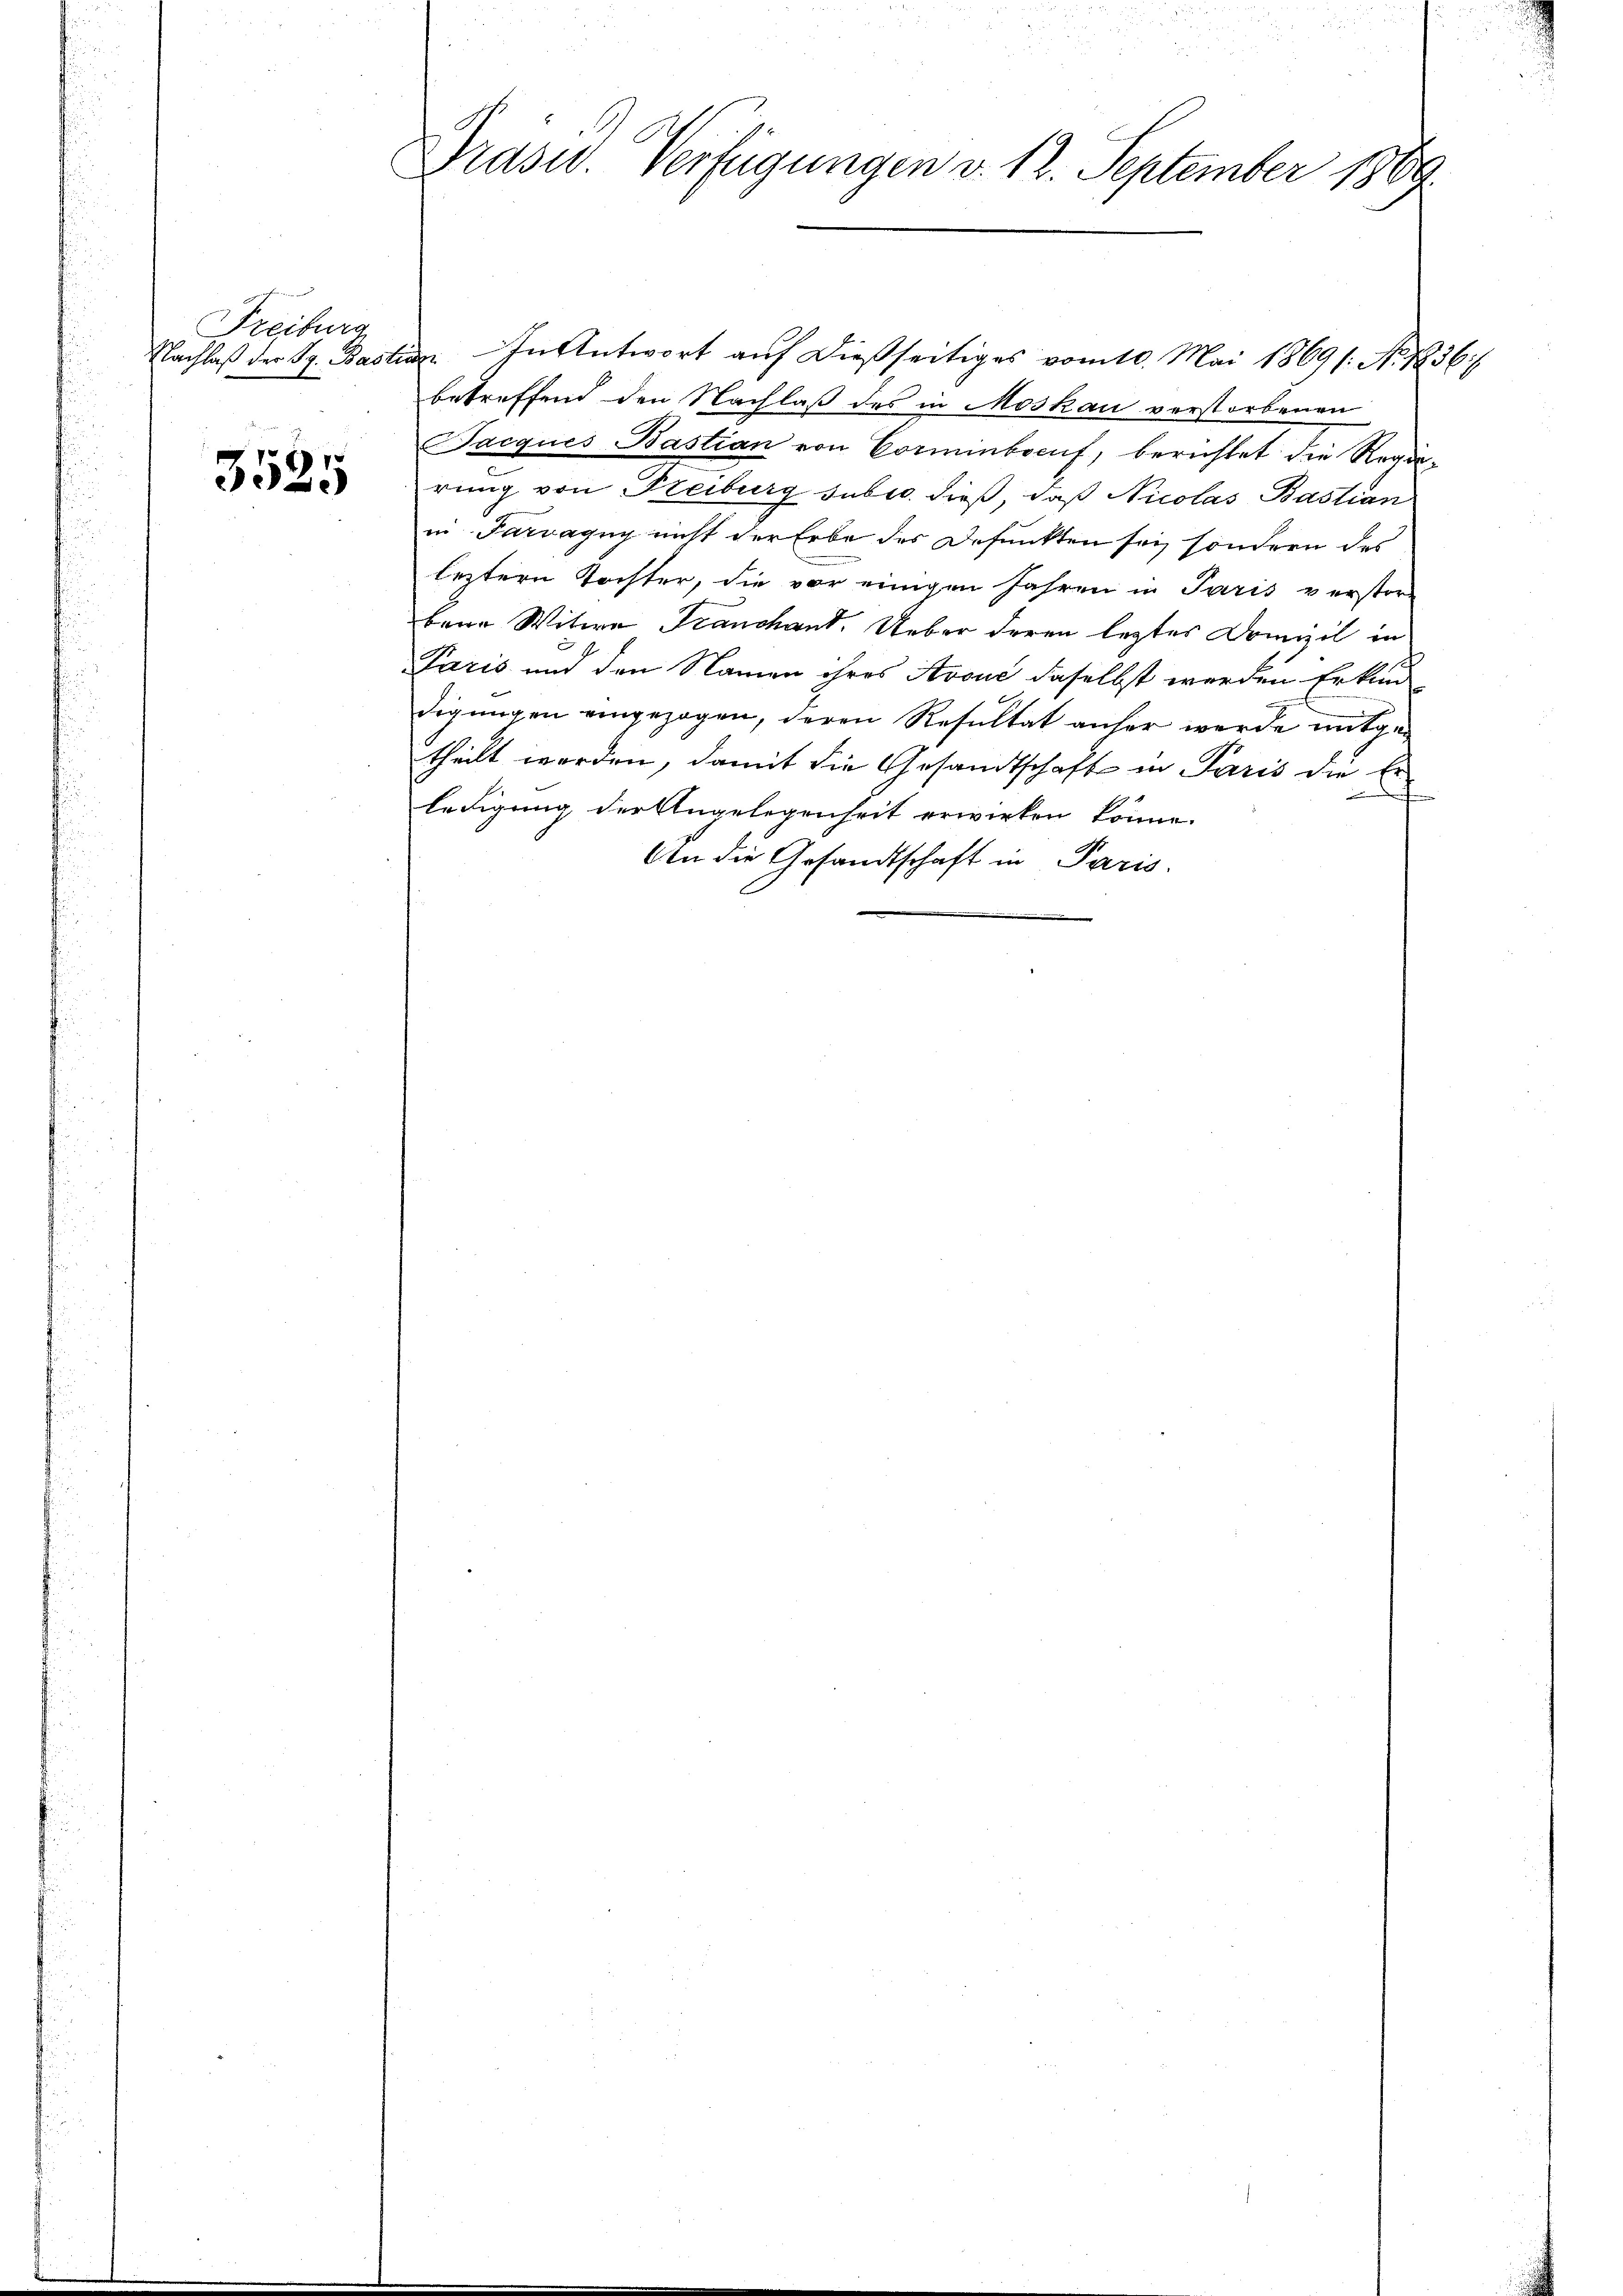
Freiburg

1
e

Präsid. Verfügungen v. 12. September 1889

Nachlaβ der S. Bastian. In Antwort auf dießseitiges vom 10. Mai 1869 (: No 1236/
betreffend den Nachlaß des in Moskau verstorbenen
Jacques Bastian von Comminbocuf, berichtet die Regierung von Freiburg subro dieß, daß Nicolas Bastian
in Parragny nicht der Erbe des Defunkten sei, sondern des
leztern Tochter, die vor einigen Jahren in Paris verstor-
bana Witwe Franchant. Ueber deren leztes Domizil in
Paris und den Namen ihres Avouć daselbst werden Erkund-
digungen eingezogen, deren Resultat anher werde mitgetheilt werden, damit die Gesandtschaft in Paris die Erledigung der Angelegenheit erwirken könne.
An die Gesandtschaft in Paris.